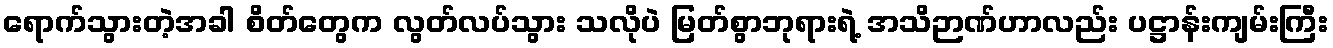
ရောက်သွားတဲ့အခါ စိတ်တွေက လွတ်လပ်သွား သလိုပဲ မြတ်စွာဘုရားရဲ့ အသိဉာဏ်ဟာလည်း ပဋ္ဌာန်းကျမ်းကြီး